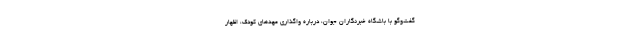
گفت‌وگو با باشگاه خبرنگاران جوان، درباره واگذاری مهدهای کودک، اظهار